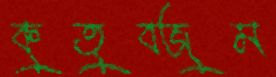
কুতুবজুম